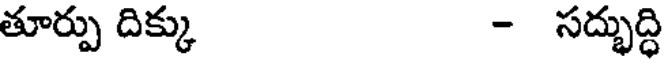
తూర్పు దిక్కు - సద్భుద్ధి